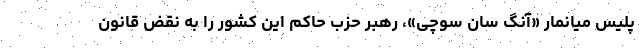
پلیس میانمار «آنگ سان سو‌چی»، رهبر حزب حاکم این کشور را به نقض قانون